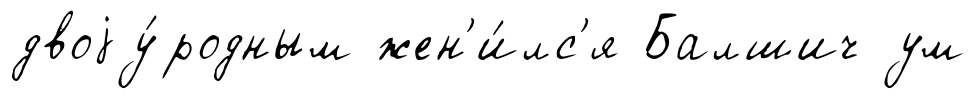
двоjу́родным жен'и́лс'я Балшич ум